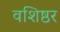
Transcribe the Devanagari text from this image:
वशिष्ठर